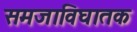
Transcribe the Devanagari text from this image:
समजाविघातक